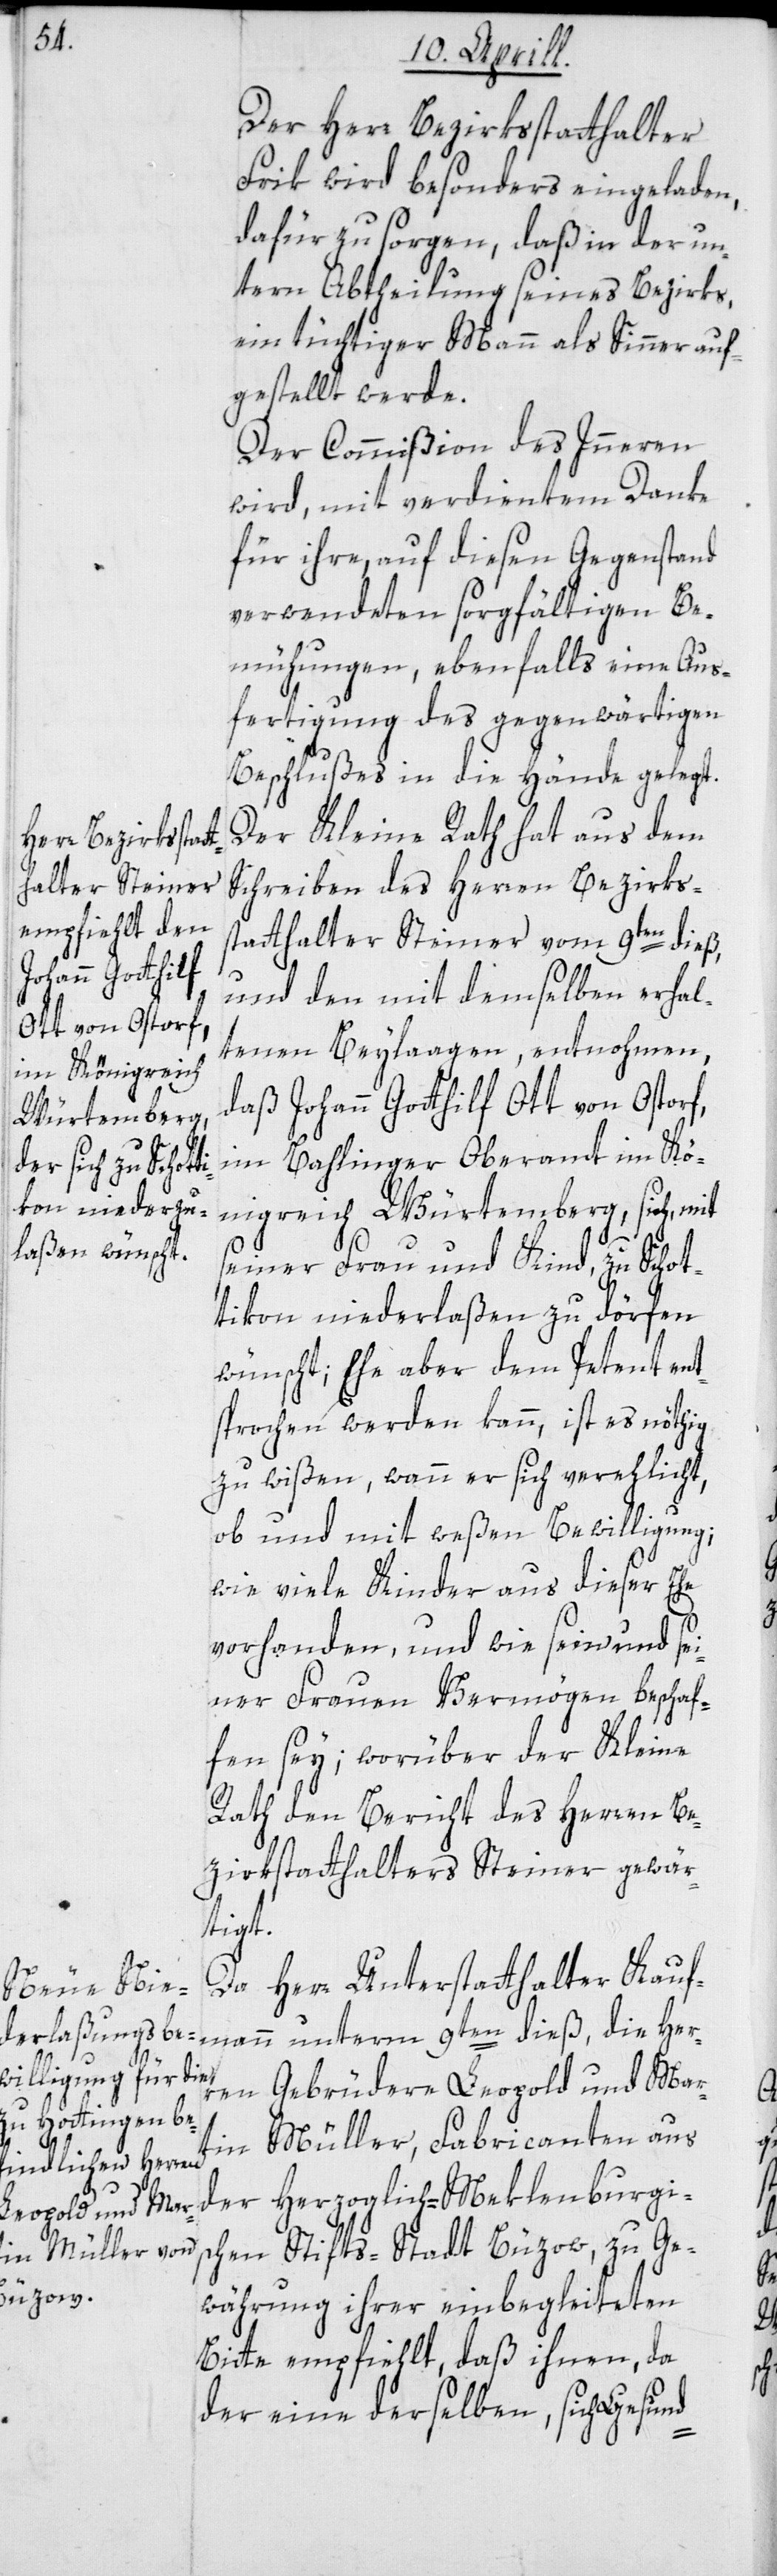
Der Herr Bezirksstatthalter
Frik wird besonders eingeladen,
dafür zu sorgen, daß in der un¬
tern Abtheilung seines Bezirks,
ein tüchtiger Mann als Sinner auf¬
gestellt werde.
Der Commißion des Innern
wird, mit verdientem Danke
für ihre, auf diesen Gegenstand
verwendeten sorgfältigen Be¬
mühungen, ebenfalls eine Aus¬
fertigung des gegenwärtigen
Beschlußes in die Hände gelegt.
Der Kleine Rath hat aus dem
Schreiben des Herren Bezirks¬
statthalter Steiner vom 9ten dieß,
und den mit demselben erhal¬
tenen Beylaagen, entnohmen,
daß Johann Gotthilf Ott von Ostorf,
im Bahlinger Oberamt im Kö¬
nigreich Würtemberg, sich, mit
seiner Frau und Kind, zu Schot¬
tikon niederlaßen zu dörfen
wünscht, Ehe aber dem Petent ent¬
sprochen werden kann, ist es nöthig
zu wißen, wann er sich verehlicht,
ob und mit weßen Bewilligung;
wie viele Kinder aus dieser Ehe
vorhanden, und wie sein und sei¬
ner Frauen Vermögen beschaf¬
fen sey; worüber der Kleine
Rath den Bericht des Herren Be¬
zirksstatthalters Steiner gewär¬
tigt.
Da Herr Unterstatthalter Kauf¬
ren Gebrüdere Leopold und Mart¬
in Müller, Fabricanten aus
der Herzoglich-Meklenburgis¬
chen Stifts-Stadt Büzow, zu Ge¬
nd-
währung ihrer einbegleiteten
Bitte empfiehlt, daß ihnen, da
der eine derselben, sich gesu¬